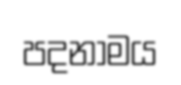
පදනාමය